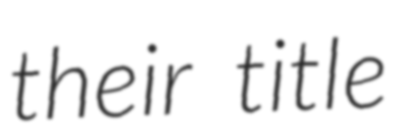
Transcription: their title